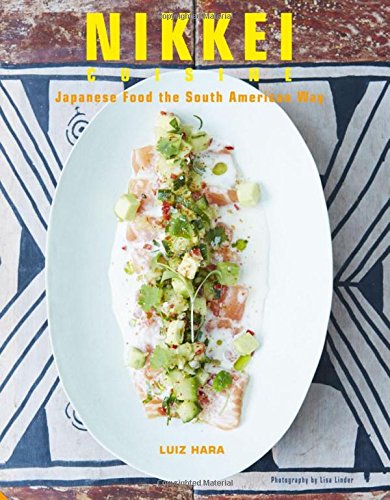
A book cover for Nikkei Cuisine: Japanese Food the South American Way; Luiz Hara; Cookbooks, Food & Wine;